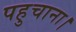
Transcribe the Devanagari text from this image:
पहुचाना।